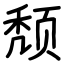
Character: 颓